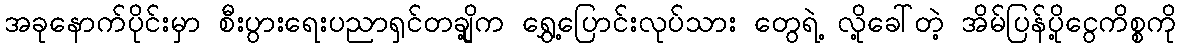
အခုနောက်ပိုင်းမှာ စီးပွားရေးပညာရှင်တချို့က ရွှေ့ပြောင်းလုပ်သား တွေရဲ့ လို့ခေါ်တဲ့ အိမ်ပြန်ပို့ငွေကိစ္စကို